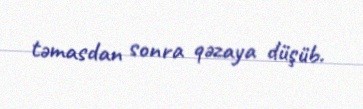
təmasdan sonra qəzaya düşüb.